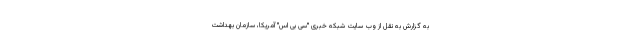
به گزارش به نقل از وب سایت شبکه خبری "سی بی اس" آمریکا، سازمان بهداشت